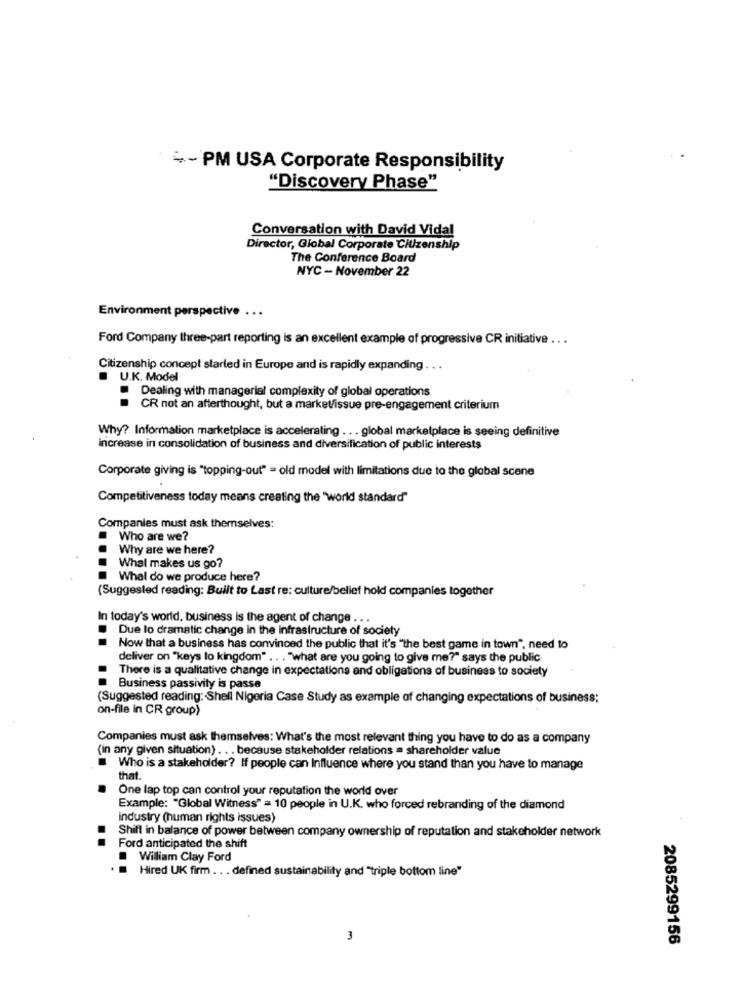
-- PM USA Corporate Responsibility
"Discovery Phase"
Conversation with David Vidal
Director, Global Corporate Citizenship
The Conference Board
NYC - November 22
Environment perspective .. .
Ford Company three-part reporting is an excellent example of progressive CR initiative .. .
Citizenship concept started in Europe and is rapidly expanding .. .
.
U.K. Model
Dealing with managerial complexity of global operations
CR not an afterthought, but a markel/issue pre-engagement criterium
Why? Information marketplace is accelerating ... global marketplace is seeing definitive
increase in consolidation of business and diversification of public interests
Corporate giving is "topping-out" = old model with limitations due to the global scene
Competitiveness today means creating the "world standard"
Companies must ask themselves:
Who are we?
Why are we here?
Whal makes us go?
Whal do we produce here?
....
(Suggested reading: Built to Last re: culture/belief hold companies together
In today's world, business is the agent of change ...
Due lo dramatic change in the infrastructure of society
Now that a business has convinced the public that it's "the best game in town", need to
deliver on "keys to kingdom" .. . "what are you going to give me?" says the public
There is a qualitative change in expectations and obligations of business to society
Business passivity is passe
(Suggested reading: Shell Nigeria Case Study as example of changing expectations of business;
on-file in CR group)
Companies must ask themselves: What's the most relevant thing you have to do as a company
(in any given situation) ... because stakeholder relations = shareholder value
Who is a stakeholder? If people can Influence where you stand than you have to manage
that
One lap top can control your reputation the world over
Example: "Global Witness" = 10 people in U.K. who forced rebranding of the diamond
industry (human rights issues)
Shift in balance of power between company ownership of reputation and stakeholder network
..
Ford anticipated the shift
William Clay Ford
.
Hired UK firm ... defined sustainability and "triple bottom line"
3
2085299156